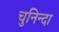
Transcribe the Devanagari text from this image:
चुनिन्‍दा